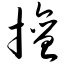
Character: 擅